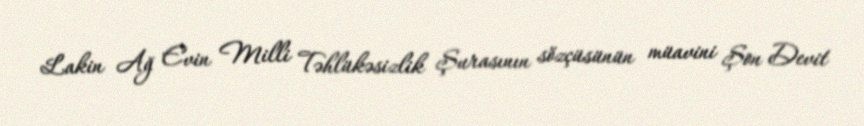
Lakin Ağ Evin Milli Təhlükəsizlik Şurasının sözçüsünün müavini Şon Devit